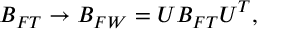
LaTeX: B _ { F T } \rightarrow B _ { F W } = U B _ { F T } U ^ { T } ,